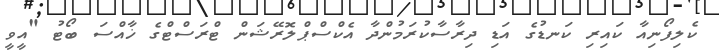
ކެލިފޯނިއާ ކައިރި ކަނޑުގެ އަޑި ދިރާސާކުރަމުންދާ އެކްސްޕްލޮރޭޝަން ޓްރަސްޓްގެ ޚާއްސަ ބޯޓު "އީވީ